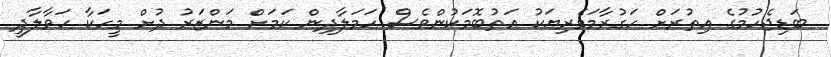
ބަޑިޖެހުމުގެ އިތުރަށް ހަގުރާމަވެރިޔަކު އަތުބޮމަކުންވެސް ހަމަލާދިން ކަމަށް މަންޒަރު ދުށް މީހަކާ ހަވާލާދީ